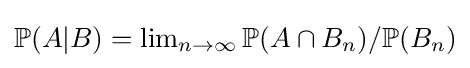
\textstyle \mathbb {P} (A|B)=\lim _{n\to \infty }\mathbb {P} (A\cap B_{n})/\mathbb {P} (B_{n})